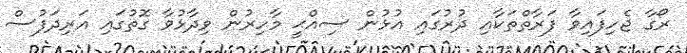
ރޯގާ ޖެހިފައިވާ ފަރާތްތަކާއި ދުރުގައި އުޅުން ސިއްޙީ މާހިރުން ވިދާޅުވާ ގޮތުގައި އަރިދަފުސް